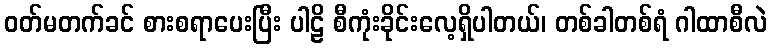
ဝတ်မတက်ခင် စားစရာပေးပြီး ပါဠိ စီကုံးခိုင်းလေ့ရှိပါတယ်၊ တစ်ခါတစ်ရံ ဂါထာစီလဲ